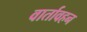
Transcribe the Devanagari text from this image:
वार्तावहन